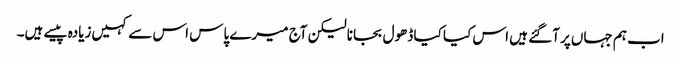
اب ہم جہاں‌پر آگئے ہیں اس کیا کیا ڈھول بجانا لیکن آج میرے پاس اس سے کہیں‌زیادہ پیسے ہیں۔